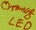
Text: LED